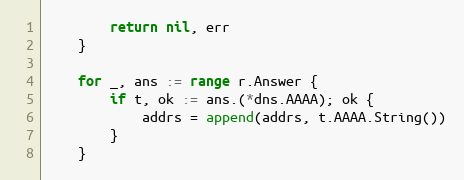
Language: Go
		return nil, err
	}

	for _, ans := range r.Answer {
		if t, ok := ans.(*dns.AAAA); ok {
			addrs = append(addrs, t.AAAA.String())
		}
	}